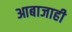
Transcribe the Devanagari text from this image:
आबाजाही